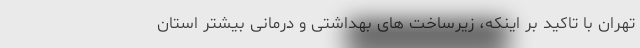
تهران با تاکید بر اینکه، زیرساخت های بهداشتی و درمانی بیشتر استان